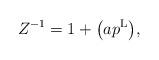
LaTeX: \begin{gather*}Z^{-1}=1+\big(a p^{\rm L}\big),\end{gather*}